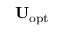
\mathbf { U } _ { \mathrm { o p t } }